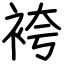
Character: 袴